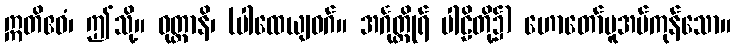
ဣတိဧဝံ၊ ဤသို့။ ဝုတ္တာနိ၊ (ပါထေယျဝဂ်။ အင်္ဂုတ္တိုရ် ပါဠိတို့၌) ဟောတော်မူအပ်ကုန်သော။